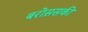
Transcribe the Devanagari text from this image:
बरोस़सकी